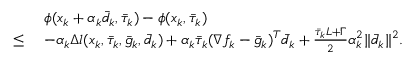
\begin{array} { r l } & { \phi ( x _ { k } + \alpha _ { k } \bar { d } _ { k } , \bar { \tau } _ { k } ) - \phi ( x _ { k } , \bar { \tau } _ { k } ) } \\ { \leq \ } & { - \alpha _ { k } \Delta l ( x _ { k } , \bar { \tau } _ { k } , \bar { g } _ { k } , \bar { d } _ { k } ) + \alpha _ { k } \bar { \tau } _ { k } ( \nabla f _ { k } - \bar { g } _ { k } ) ^ { T } \bar { d } _ { k } + \frac { \bar { \tau } _ { k } L + \Gamma } { 2 } \alpha _ { k } ^ { 2 } \| \bar { d } _ { k } \| ^ { 2 } . } \end{array}